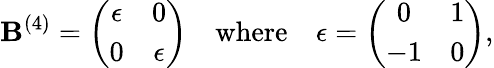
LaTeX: \mathbf{B}^{(4)}=\left(\begin{array}{cc}{{\epsilon}}&{{0}}\\ {{0}}&{{\epsilon}}\end{array}\right)\quad\mathrm{{where}}\quad\epsilon=\left(\begin{array}{cc}{{0}}&{{1}}\\ {{-1}}&{{0}}\end{array}\right),